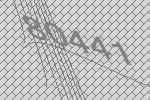
80441